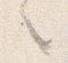
之